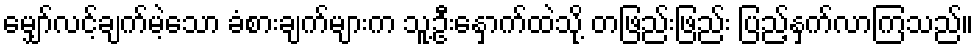
မျှော်လင့်ချက်မဲ့သော ခံစားချက်များက သူ့ဦးနှောက်ထဲသို့ တဖြည်းဖြည်း ပြည့်နှက်လာကြသည်။